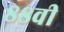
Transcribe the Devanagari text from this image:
८८वी